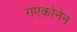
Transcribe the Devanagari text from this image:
राएकोनेन